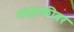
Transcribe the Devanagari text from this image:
गद्दाफीवर